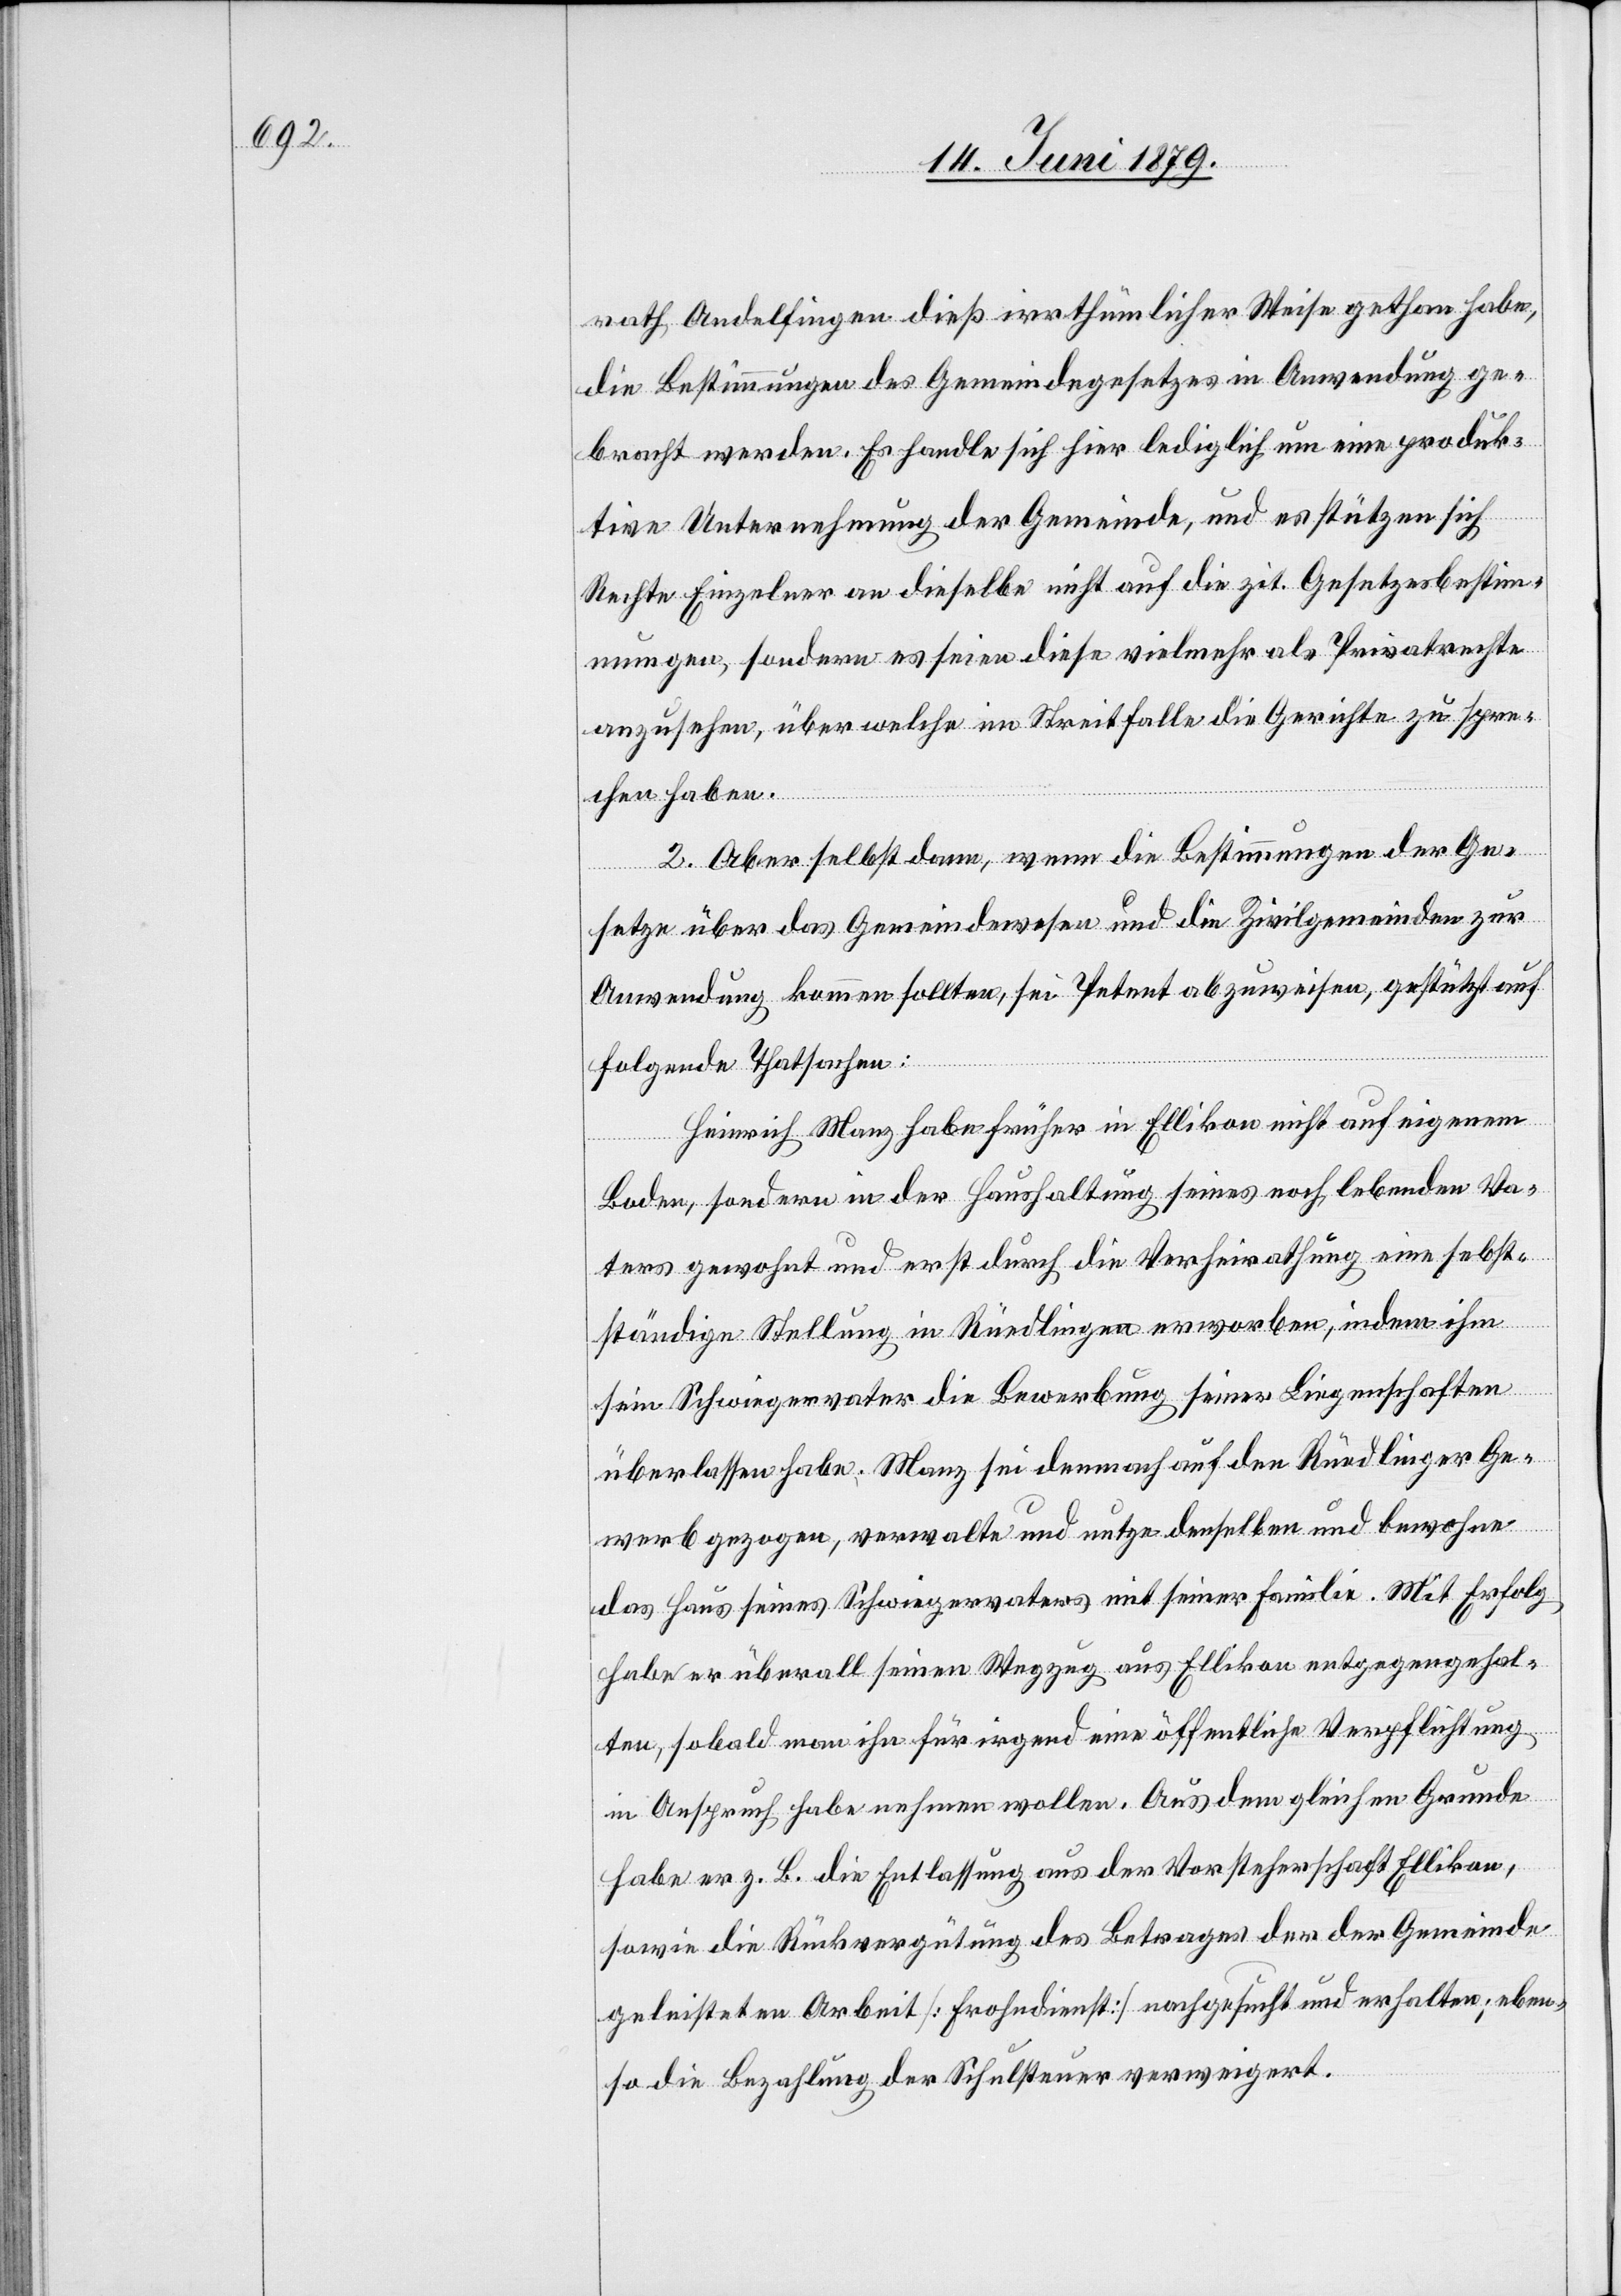
rath Andelfingen dieß irrthümlicher Weise gethan habe,
die Bestimmungen des Gemeindegesetzes in Anwendung ge¬
bracht werden. Es handle sich hier lediglich um eine produk¬
tive Unternehmung der Gemeinde, und es stützen sich
Rechte Einzelner an dieselbe nicht auf die zit. Gesetzesbestim¬
mungen, sondern es seien diese vielmehr als Privatrechte
anzusehen, über welche im Streitfalle die Gerichte zu spre¬
chen haben.
2. Aber selbst dann, wenn die Bestimmungen der Ge¬
setze über das Gemeindewesen und die Zivilgemeinden zur
Anwendung kommen sollten, sei Petent abzuweisen, gestützt auf
folgende Thatsachen:
Heinrich Manz habe früher in Ellikon nicht auf eigenem
Boden, sondern in der Haushaltung seines noch lebenden Va¬
ters gewohnt und erst durch die Verheirathung eine se[l]bst¬
ständige Stellung in Rüedlingen erworben, indem ihm
sein Schwiegervater die Bewerbung seiner Liegenschaften
überlassen habe. Manz sei demnach auf den Rüedlinger Ge¬
werb gezogen, verwalte und nutze denselben und bewohne
das Haus seines Schwiegervaters mit seiner Familie. Mit Erfolg
habe er überall seinen Wegzug aus Ellikon entgegengehal¬
ten, sobald man ihn für irgend eine öffentliche Verpflichtung
in Anspruch habe nehmen wollen. Aus dem gleichen Grunde
habe er z. B. die Entlassung aus der Vorsteherschaft Ellikon,
sowie die Rückvergütung des Betrages der der Gemeinde
geleisteten Arbeit [Frohndienst] nachgesucht und erhalten; eben¬
so die Bezahlung der Schulsteuer verweigert.